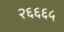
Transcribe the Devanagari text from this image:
२६६६५